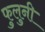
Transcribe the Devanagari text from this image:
फुलुनी